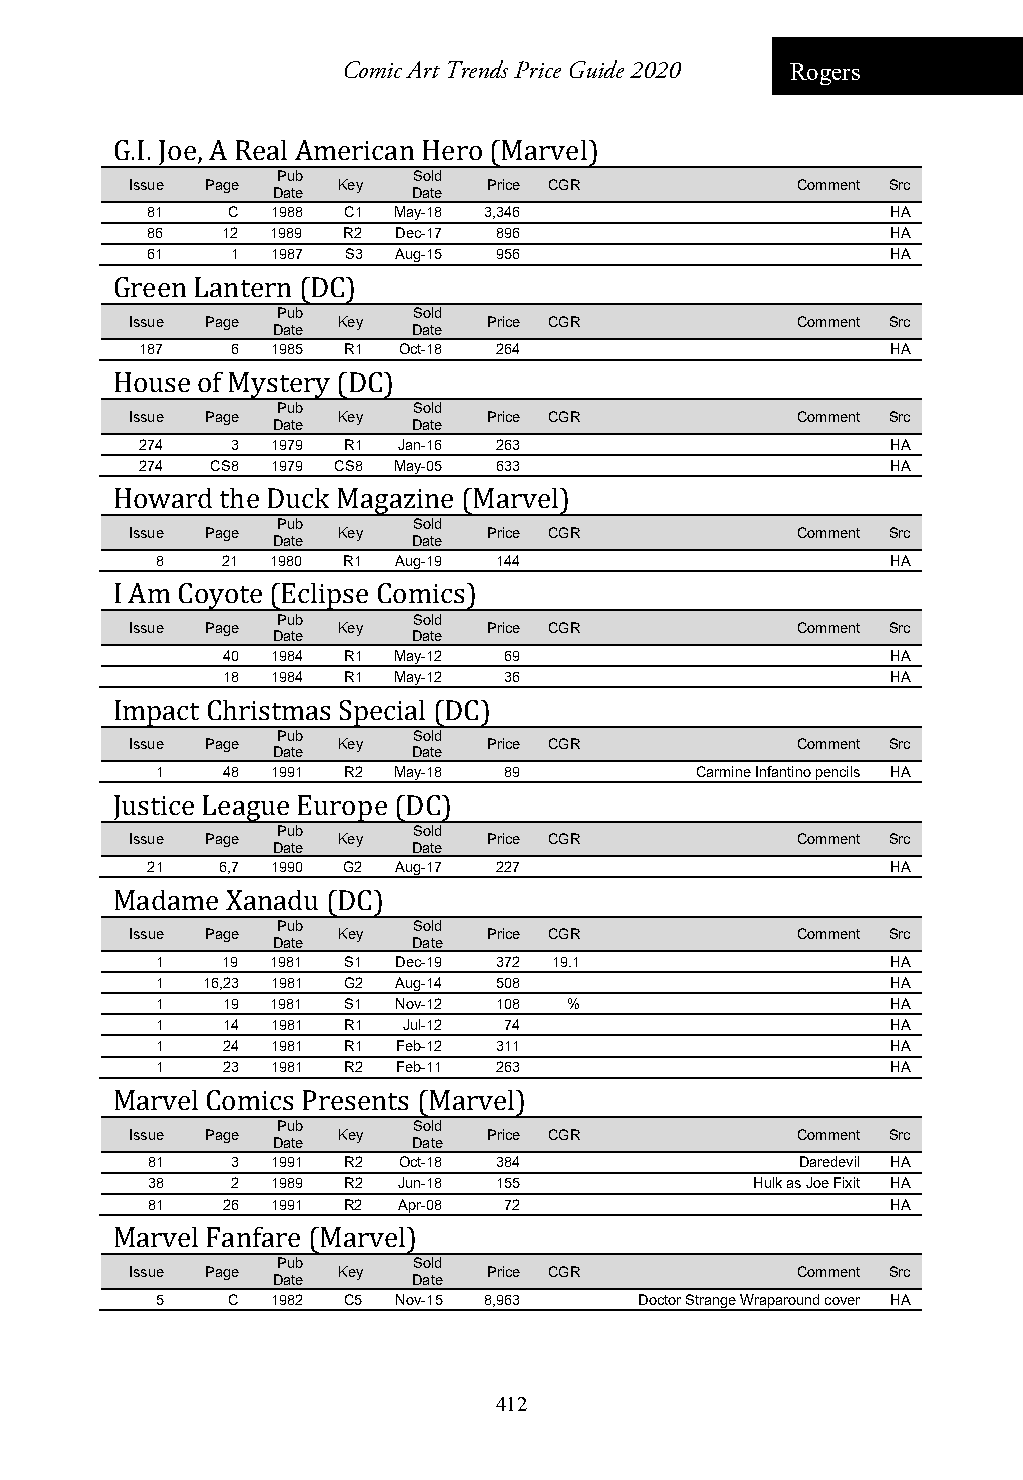
Comic Art Trends Price Guide 2020 Rogers
 G.I. Joe, A Real American Hero (Marvel)
 Pub      Sold
 Issue Page   Key       Price CGR            Comment Src
 Date     Date
 81   C  1988 C1 May-18 3,346                     HA
 86   12 1989 R2 Dec-17 896                       HA
 61   1  1987 S3 Aug-15 956                       HA
 Green Lantern (DC)
 Pub      Sold
 Issue Page   Key       Price CGR            Comment Src
 Date     Date
 187   6  1985 R1 Oct-18 264                       HA
 House of Mystery (DC)
 Pub      Sold
 Issue Page   Key       Price CGR            Comment Src
 Date     Date
 274   3  1979 R1 Jan-16 263                       HA
 274  CS8 1979 CS8 May-05 633                      HA
 Howard  the Duck Magazine (Marvel)
 Pub      Sold
 Issue Page   Key       Price CGR            Comment Src
 Date     Date
 8    21 1980 R1 Aug-19 144                       HA
 I Am Coyote (Eclipse Comics)
 Pub      Sold
 Issue Page   Key       Price CGR            Comment Src
 Date     Date
 40 1984 R1 May-12 69                        HA
 18 1984 R1 May-12 36                        HA
 Impact Christmas Special (DC)
 Pub      Sold
 Issue Page   Key       Price CGR            Comment Src
 Date     Date
 1    48 1991 R2 May-18 89           Carmine Infantino pencils HA
 Justice League Europe (DC)
 Pub      Sold
 Issue Page   Key       Price CGR            Comment Src
 Date     Date
 21  6,7 1990 G2 Aug-17 227                       HA
 Madame  Xanadu (DC)
 Pub      Sold
 Issue Page   Key       Price CGR            Comment Src
 Date     Date
 1    19 1981 S1 Dec-19 372 19.1                  HA
 1  16,23 1981 G2 Aug-14 508                      HA
 1    19 1981 S1 Nov-12 108  %                    HA
 1    14 1981 R1  Jul-12 74                       HA
 1    24 1981 R1 Feb-12 311                       HA
 1    23 1981 R2 Feb-11 263                       HA
 Marvel Comics Presents (Marvel)
 Pub      Sold
 Issue Page   Key       Price CGR            Comment Src
 Date     Date
 81   3  1991 R2 Oct-18 384                 Daredevil HA
 38   2  1989 R2 Jun-18 155              Hulk as Joe Fixit HA
 81   26 1991 R2 Apr-08 72                        HA
 Marvel Fanfare (Marvel)
 Pub      Sold
 Issue Page   Key       Price CGR            Comment Src
 Date     Date
 5    C  1982 C5 Nov-15 8,963    Doctor Strange Wraparound cover HA
 412